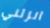
انزلني